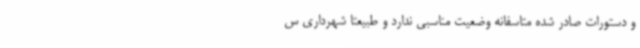
و دستورات صادر شده متاسفانه وضعیت مناسبی ندارد و طبیعتا شهرداری س